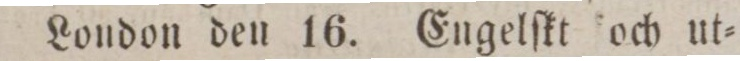
London den 16. Engelſkt och ut=